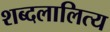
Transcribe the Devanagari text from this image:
शब्दलालित्य